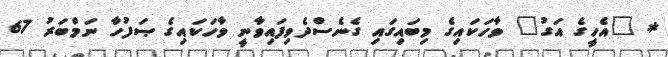
* "އެހީގެ އަގު" ވާހަކައިގެ މިބައިގައި ގެނެސްދެވިފައިވާނީ ވާހަކައިގެ ޞަފުހާ ނަމްބަރު 67